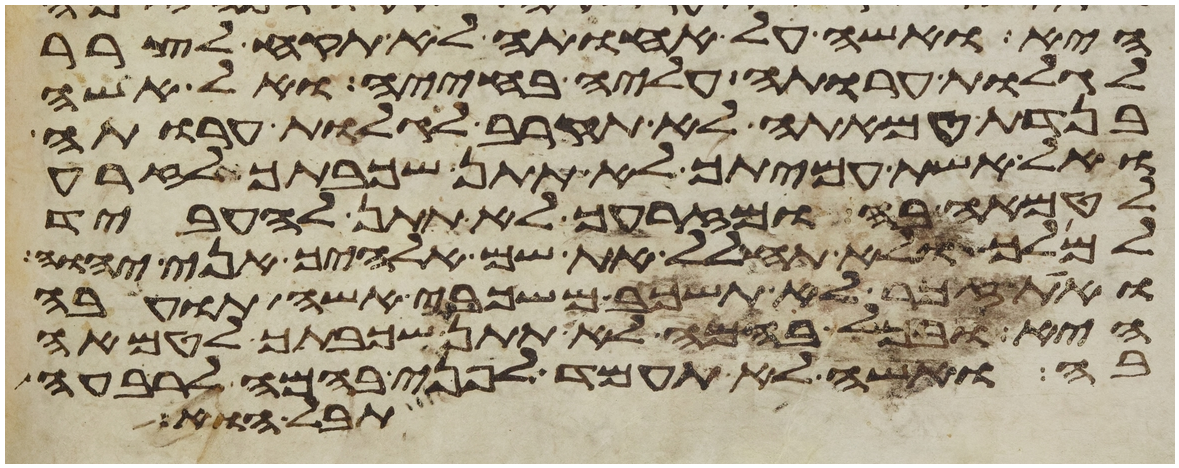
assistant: היא ואשה על אחותה לא תקח לצרר
לגלות ערותה עליה בחייה ואל אשה
בנדת טמאתה לא תקרב לגלות ערותה
ואל אשת עמיתך לא תתן שכבתך לזרע
לטמאה בה ומזרעך לא תתן להעביד
למלך ולא תחלל את שם אלהיך אני יהוה
ואת זכר לא תשכב משכבי אשה תועבה
היא ובכל בהמה לא תתן שכבתך לטמאה
בה ואשה לא תעמד לפני בהמה לרבעה
תבל הוא